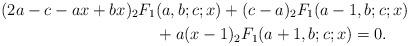
LaTeX: \begin{align*}(2a-c-ax+bx){}_{2}F_{1}&(a,b;c;x)+(c-a){}_{2}F_{1}(a-1,b;c;x)\\&+a(x-1){}_{2}F_{1}(a+1,b;c;x)=0.\end{align*}